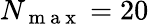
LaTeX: N_{\mathrm{~m~a~x~}}=20